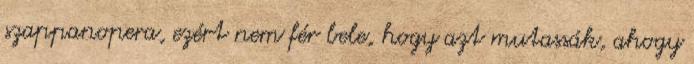
szappanopera, ezért nem fér bele, hogy azt mutassák, ahogy